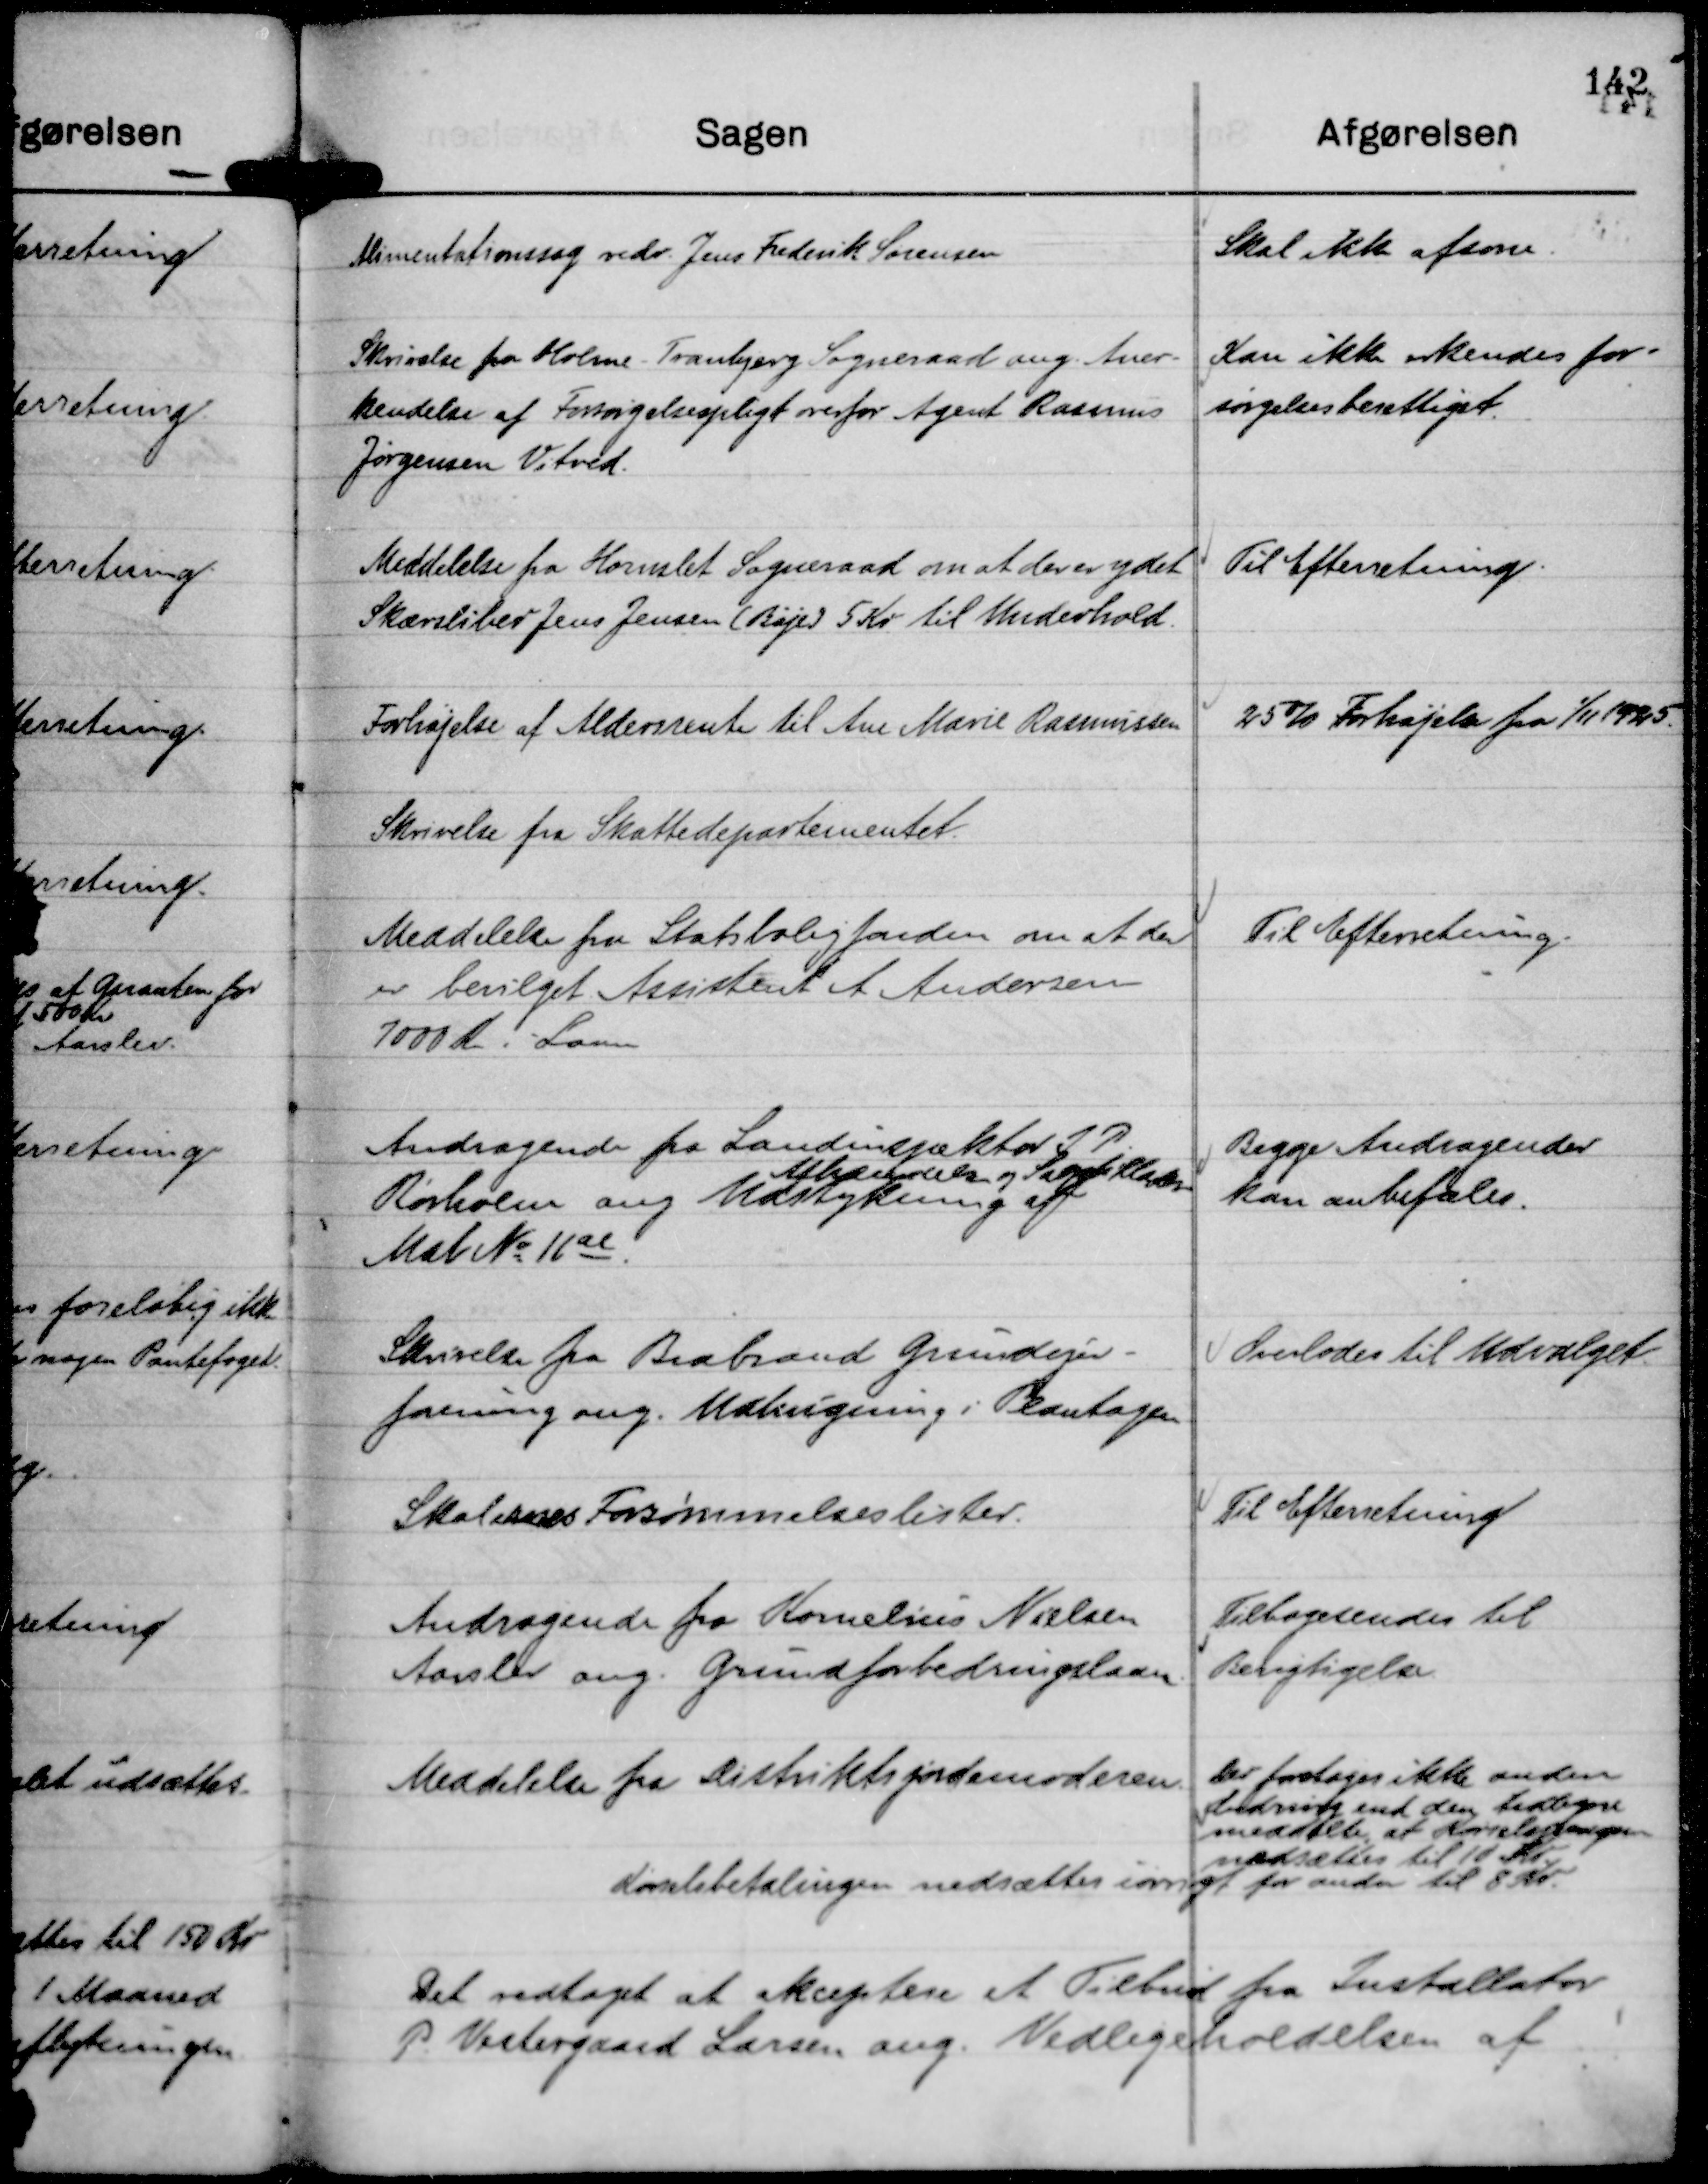
Transskription:
Alimentationssag vedr. Jens Frederik Sørensen

Skal ikke afsone.

Skrivelse fra Holme - Tranbjerg Sogneraad ang. Aner-
kendelse af Forsørgelsespligt overfor Agent Rasmus
Jørgensen Vitved.

Kan ikke erkendes for-
sørgelsesberettiget.

Meddelelse fra Hornslet Sogneraad om at der er ydet
Skærsliber Jens Jensen (Bøje) 5 Kr til Uderhold.

Til Efterretning.

Forhøjelse af Aldersrente til Ane Marie Rasmussen

25 % Forhøjelse fra 1/11 1925.

Skrivelse fra Skattedepartementet.

Meddelelse fra Statsboligfonden om at der
er bevilget Assistent A. Andersen
7000 Kr i Laan

Til Efterretning.

Andragende fra Landinspektør J P.
Rørholm ang Udstykning af
Afhændelse og Salgstilladelse
Mat No 16 al.

Begge Andragender
kan anbefales.

Skrivelse fra Brabrand Grundejer-
forening ang. Udstykning i Plantagen

Overlodes til Udvalget.

Skolernes Forsømmelseslister.

Til Efterretning

Andragende fra Kornelius Nielsen
Aarslev ang. Grundforbedringslaan.

Tilbagesendes til
Berigtigelse.

Meddelelse fra Distriktsjordemoderen.

Der foretoges ikke anden
Ændring end den tidligere
meddelte, at Kørselsbetalingen
nedsættes til 10 Kr
Kørselsbetalingen nedsættes iøvrigt for andre til 8 Kr.

Det vedtaget at akceptere et Tilbud fra Installatør
P. Vestergaard Larsen ang. Vedligeholdelsen af